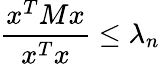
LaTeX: {\frac{x^{T}Mx}{x^{T}x}}\leq\lambda_{n}